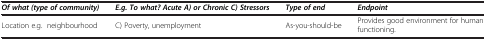
<table><thead><tr><td><b><i>Of what (type of community)</i></b></td><td><b><i>E.g. To what? Acute A) or Chronic C) Stressors</i></b></td><td><b><i>Type of end</i></b></td><td><b><i>Endpoint</i></b></td></tr></thead><tbody><tr><td>Location e.g. neighbourhood</td><td>C) Poverty, unemployment</td><td>As-you-should-be</td><td>Provides good environment for human functioning.</td></tr></tbody></table>